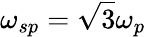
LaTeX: \omega_{sp}={\sqrt{3}}\omega_{p}